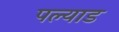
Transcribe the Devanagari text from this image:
पल्याड